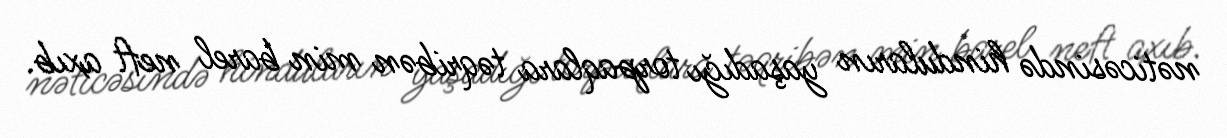
nəticəsində hinduların yaşadığı torpaqlara təqribən min barel neft axıb.